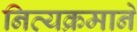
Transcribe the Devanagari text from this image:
नित्यक्रमाने